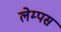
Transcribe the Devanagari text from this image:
लेम्पस